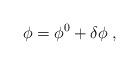
LaTeX: \begin{align*}\phi=\phi^0+\delta\phi\; ,\end{align*}